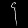
Digit: ၄